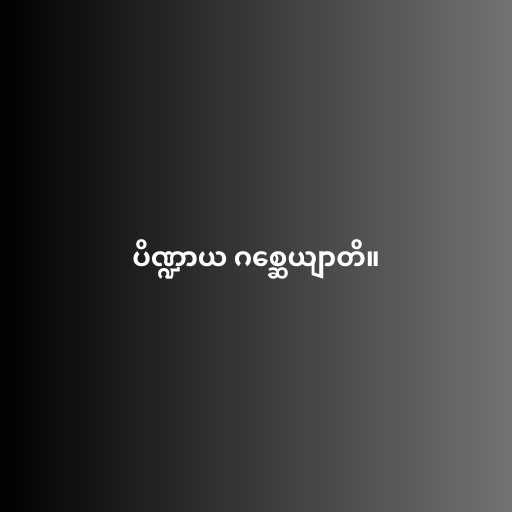
ပိဏ္ဍာယ ဂစ္ဆေယျာတိ။